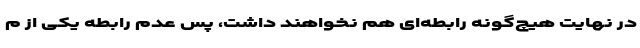
در نهایت هیچ‌گونه رابطه‌ای هم نخواهند داشت، پس عدم رابطه یکی از م